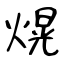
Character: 熀